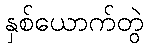
နှစ်ယောက်တွဲ